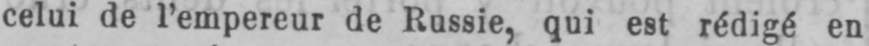
celui de l’empereur de Russie, qui est rédigé en